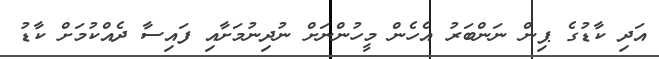
އަދި ކާޑުގެ ޕިން ނަންބަރު އެހެން މީހުންނަށް ނުދިނުމަށާއި ފައިސާ ދެއްކުމަށް ކާޑު